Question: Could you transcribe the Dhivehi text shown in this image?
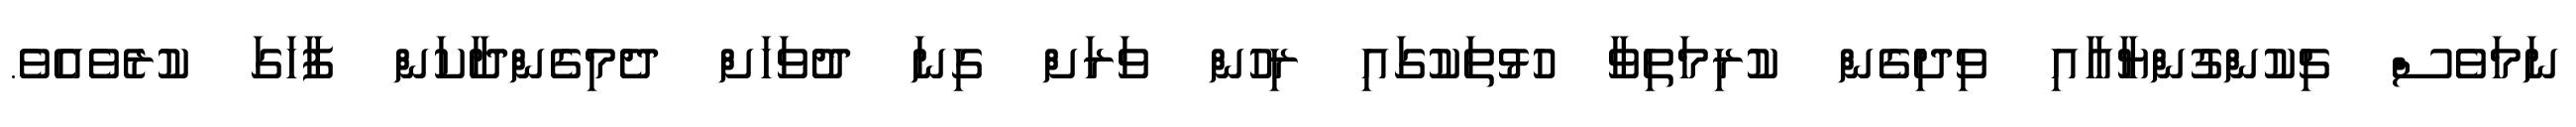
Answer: ނަމަވެސް ޗިކުންގުންޔާއާއި ވިދިގެން ކުރިމަތިވާ ހުޅުތަކުގައި ރިހުން ވަރަށް ގިނަ ދުވަހަށް ދެމިގެންދާކަން ފާހަގަ ކުރެވެއެވެ.